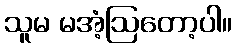
သူမ မအံ့ဩတော့ပါ။